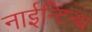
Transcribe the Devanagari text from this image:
नाईन्टिन्थ